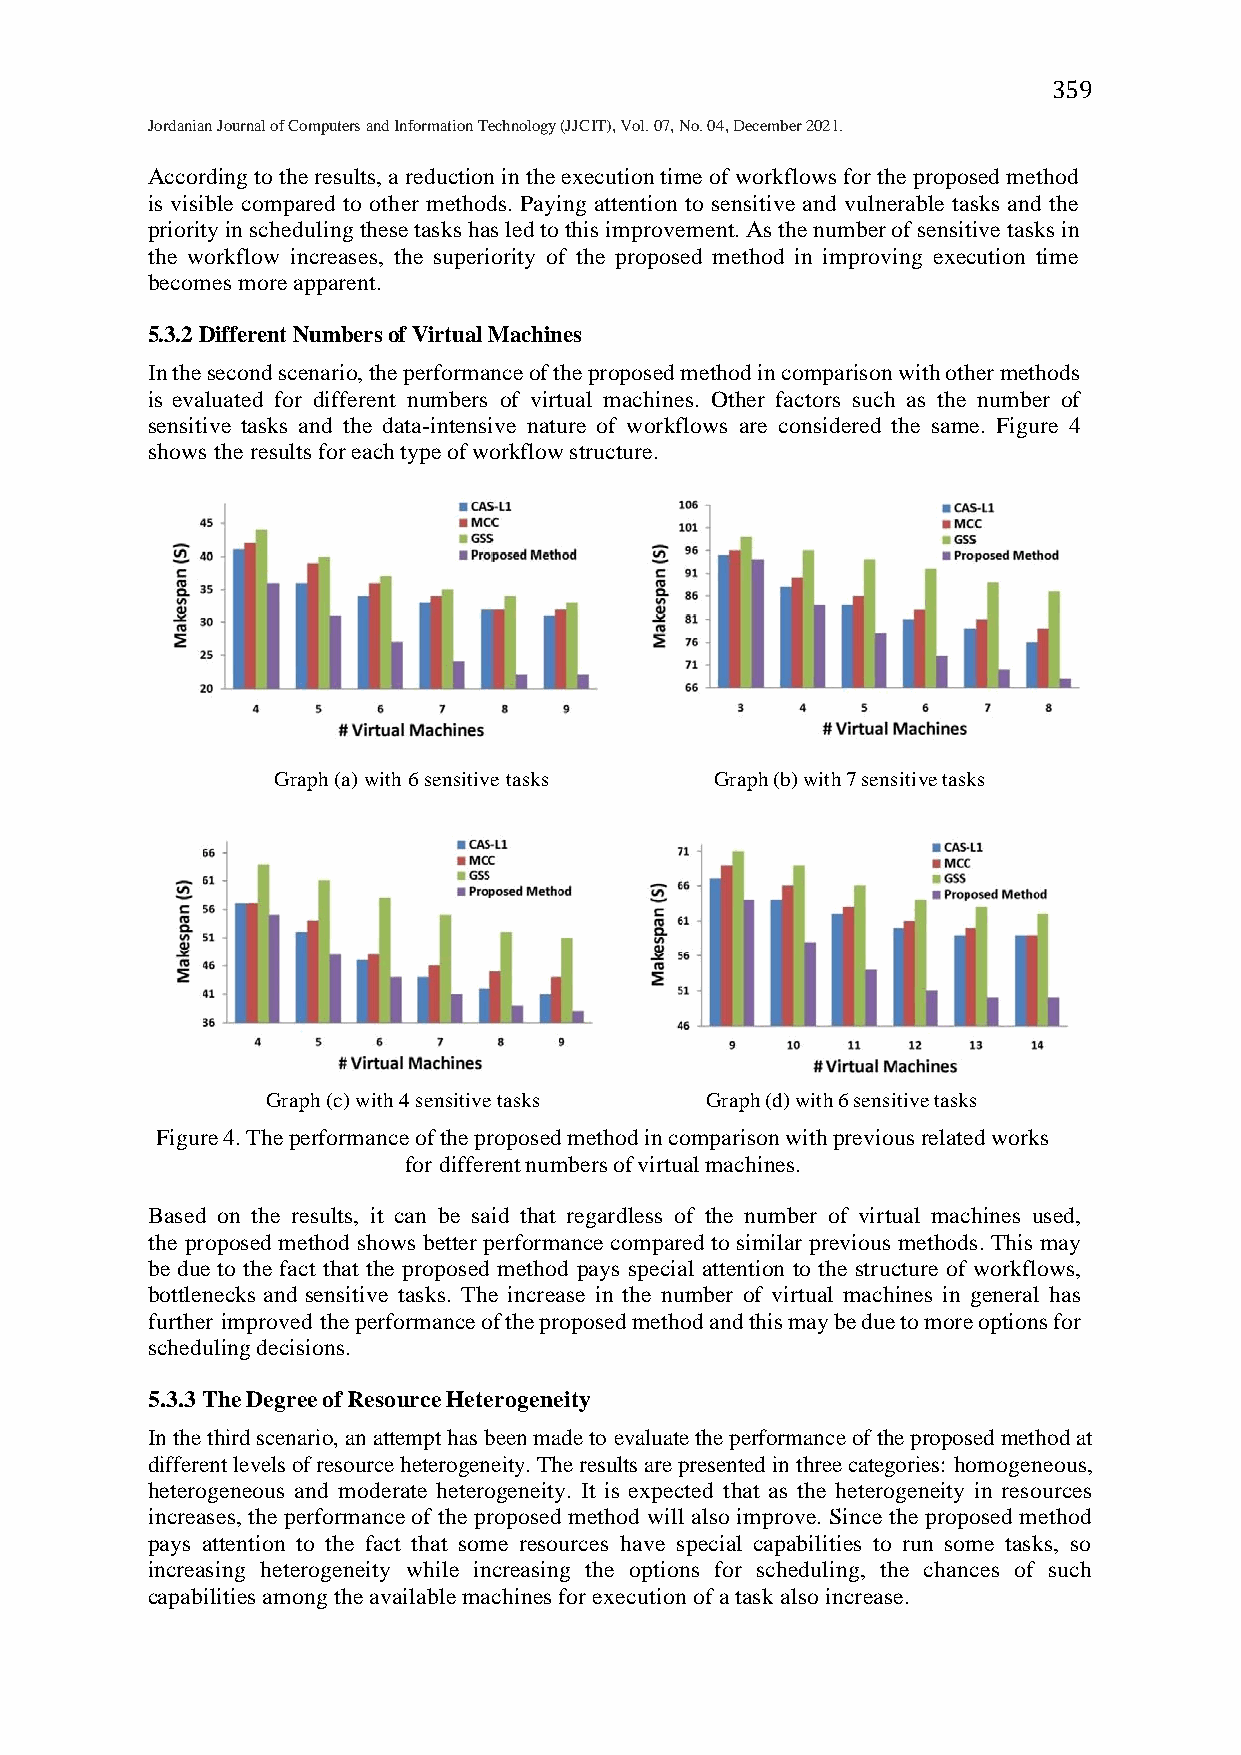
359
 Jordanian Journal of Computers and Information Technology (JJCIT), Vol. 07, No. 04, December 2021.
 According to the results, a reduction in the execution time of workflows for the proposed method
 is visible compared to other methods. Paying attention to sensitive and vulnerable tasks and the
 priority in scheduling these tasks has led to this improvement. As the number of sensitive tasks in
 the workflow increases, the superiority of the proposed method in improving execution time
 becomes more apparent.
 5.3.2 Different Numbers of Virtual Machines
 In the second scenario, the performance of the proposed method in comparison with other methods
 is evaluated for different numbers of virtual machines. Other factors such as the number of
 sensitive tasks and the data-intensive nature of workflows are considered the same. Figure 4
 shows the results for each type of workflow structure.
 Graph (a) with 6 sensitive tasks Graph (b) with 7 sensitive tasks
 Graph (c) with 4 sensitive tasks Graph (d) with 6 sensitive tasks
 Figure 4. The performance of the proposed method in comparison with previous related works
 for different numbers of virtual machines.
 Based on the results, it can be said that regardless of the number of virtual machines used,
 the proposed method shows better performance compared to similar previous methods. This may
 be due to the fact that the proposed method pays special attention to the structure of workflows,
 bottlenecks and sensitive tasks. The increase in the number of virtual machines in general has
 further improved the performance of the proposed method and this may be due to more options for
 scheduling decisions.
 5.3.3 The Degree of Resource Heterogeneity
 In the third scenario, an attempt has been made to evaluate the performance of the proposed method at
 different levels of resource heterogeneity. The results are presented in three categories: homogeneous,
 heterogeneous and moderate heterogeneity. It is expected that as the heterogeneity in resources
 increases, the performance of the proposed method will also improve. Since the proposed method
 pays attention to the fact that some resources have special capabilities to run some tasks, so
 increasing heterogeneity while increasing the options for scheduling, the chances of such
 capabilities among the available machines for execution of a task also increase.